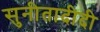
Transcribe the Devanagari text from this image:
सुनीतादीदी